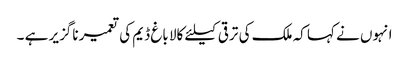
انہوں نے کہا کہ ملک کی ترقی کیلئے کالا باغ ڈیم کی تعمیر ناگزیر ہے ۔